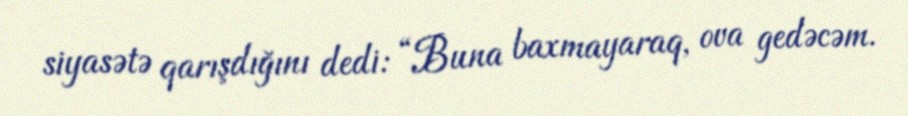
siyasətə qarışdığını dedi: “Buna baxmayaraq, ova gedəcəm.